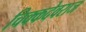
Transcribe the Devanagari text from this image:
चिक्कदेवराज